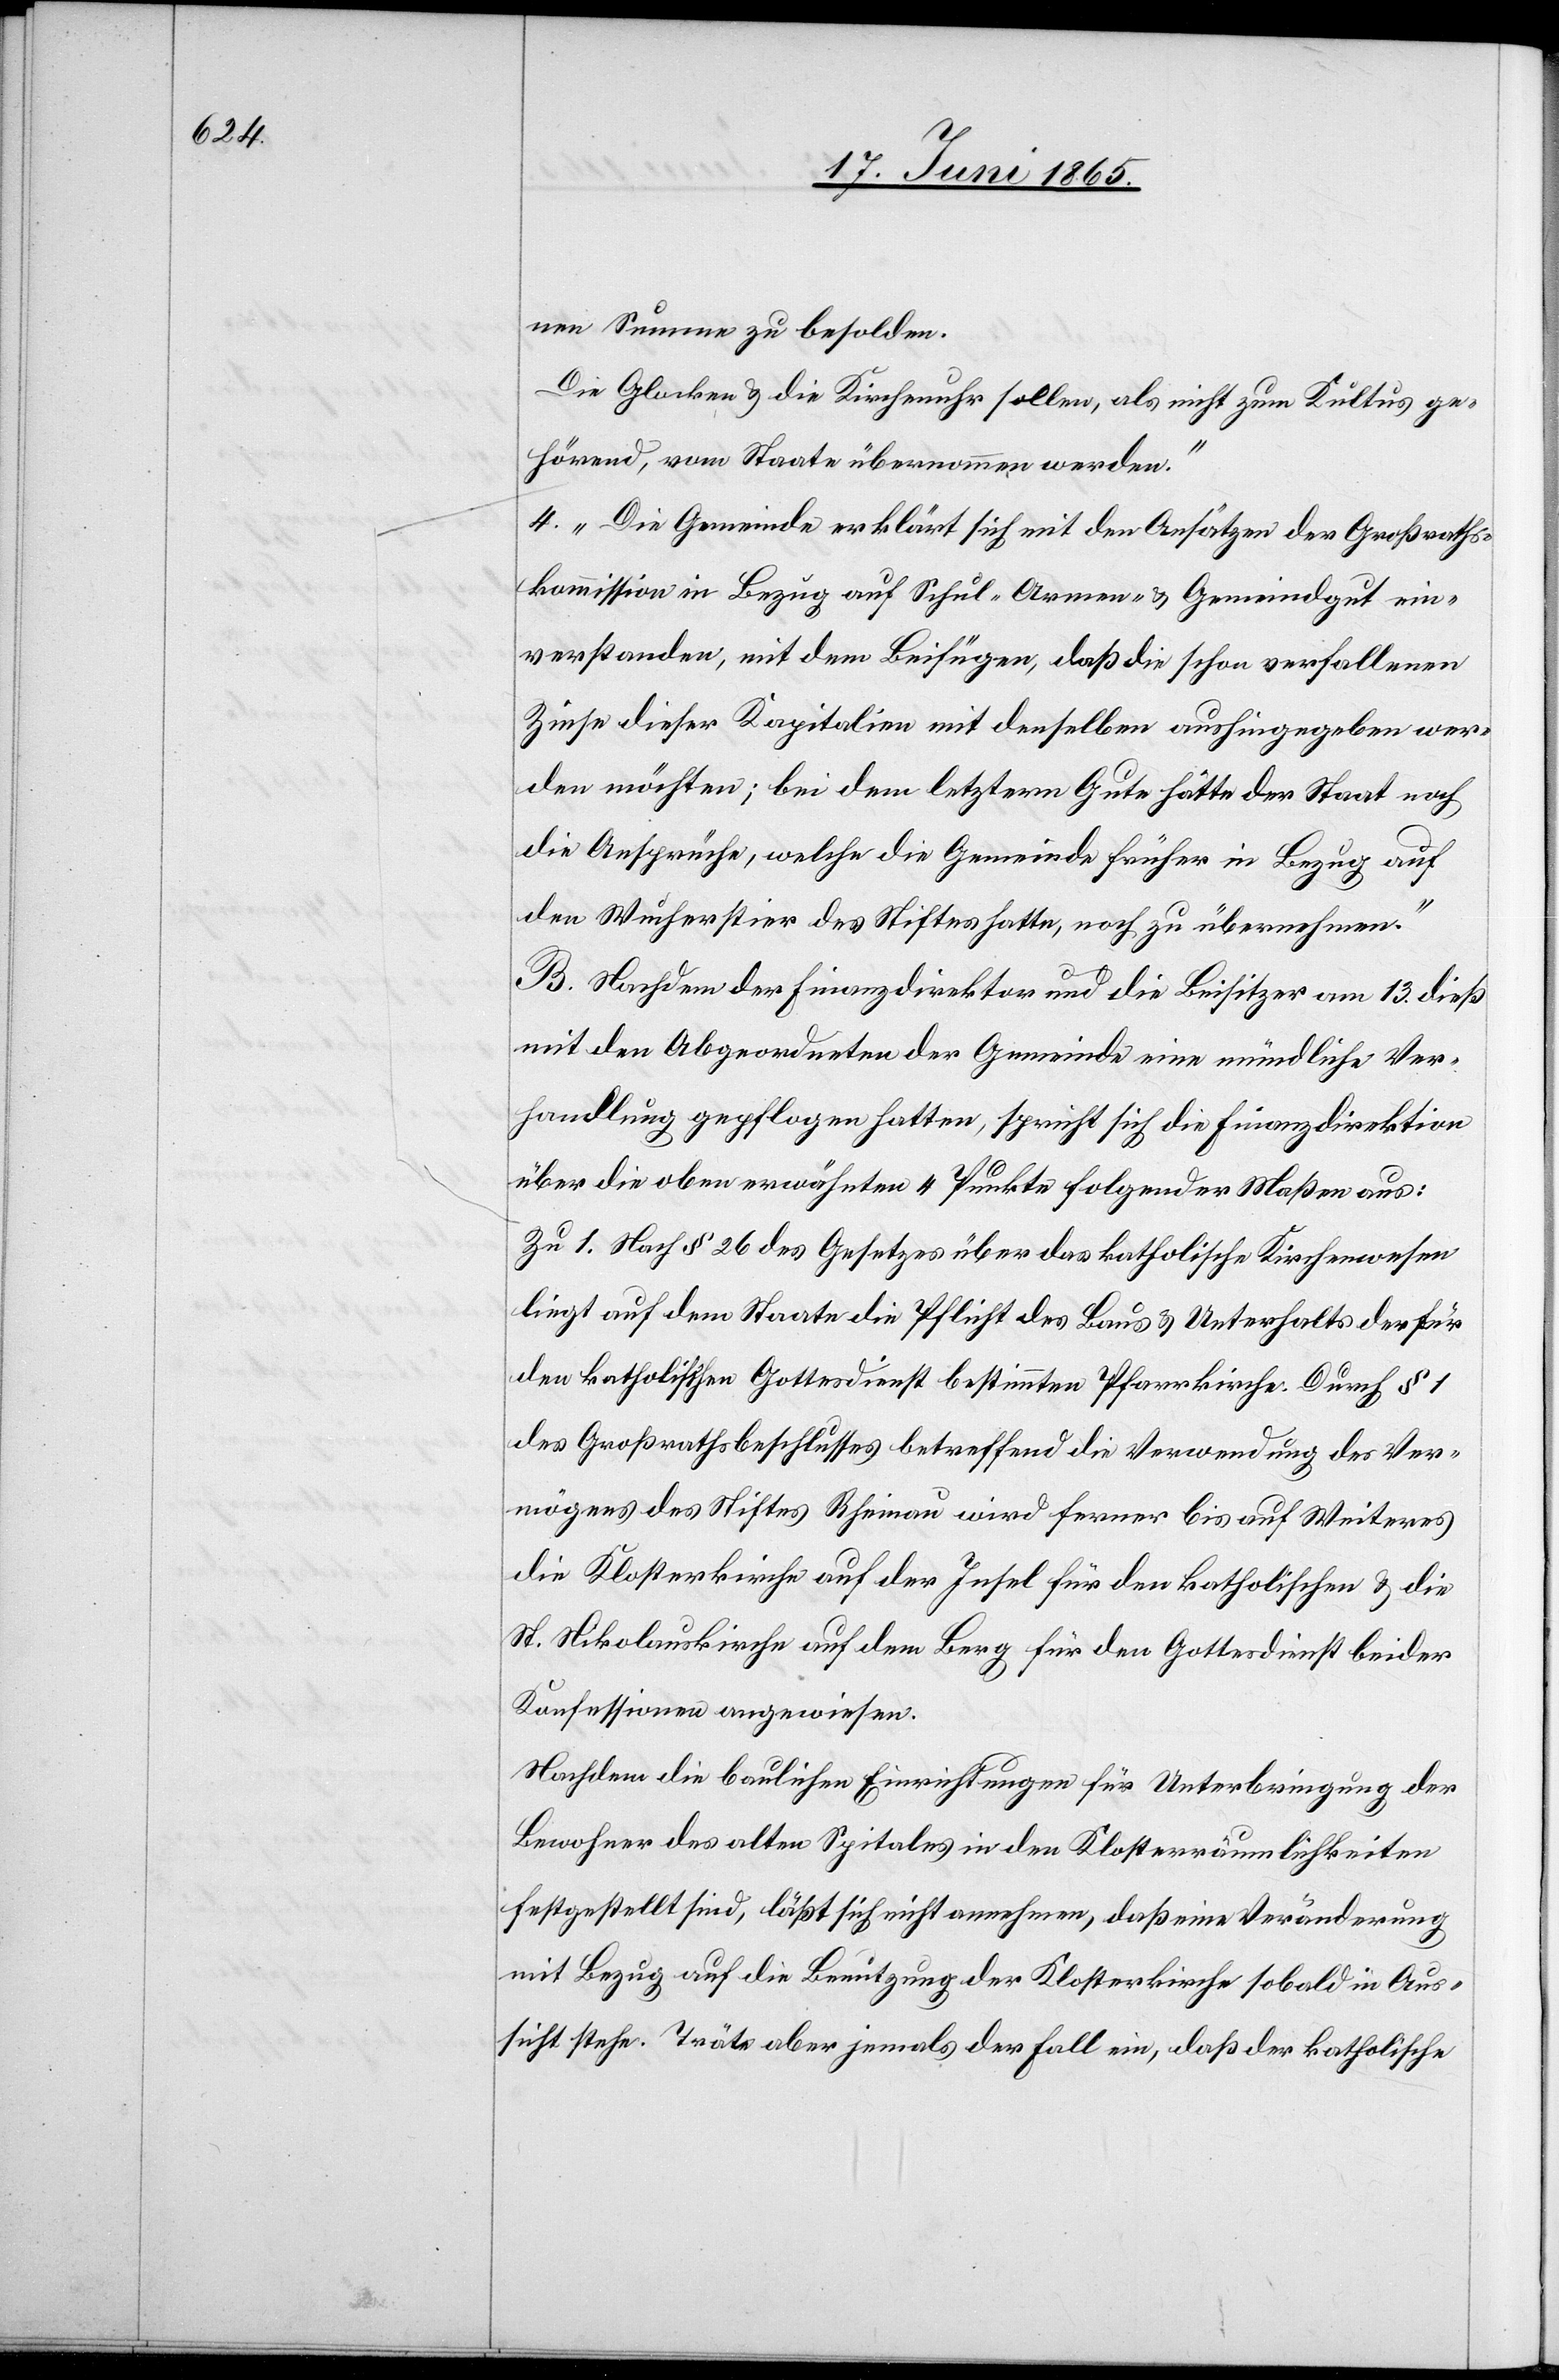
nen Summe zu besolden.
Die Glocke & die Kirchenuhr sollen, als nicht zum Kultus ge¬
hörend, vom Staate übernommen werden.“
4. „Die Gemeinde erklärt sich mit den Ansätzen der Großraths¬
kommission in Bezug auf Schul-[,] Armen- & Gemeindgut ein¬
verstanden, mit dem Beifügen, daß die schon verfallenen
Zinse dieser Kapitalien mit denselben aushingegeben wer¬
den möchten; bei dem letztern Gute hätte der Staat noch
die Ansprüche, welche die Gemeinde früher in Bezug auf
den Wucherstier des Stiftes hatte, noch zu übernehmen.“
B. Nachdem der Finanzdirektor und die Beisitzer am 13. dieß
mit den Abgeordneten der Gemeinde eine mündliche Ver¬
handlung gepflogen hatten, spricht sich die Finanzdirektion
über die oben erwähnten 4 Punkte folgender Maßen aus:
Zu 1. Nach § 26 des Gesetzes über das katholische Kirchenwesen
liegt auf dem Staate die Pflicht des Baus & Unterhalts der für
den katholischen Gottesdienst bestimmten Pfarrkirche. Durch §
des Großrathsbeschlusses betreffend die Verwendung des Ver¬
mögens des Stiftes Rheinau wird ferner bis auf Weiteres
die Klosterkirche auf der Insel für den katholischen & die
St. Nikolauskirche auf dem Berg für den Gottesdienst beider
Konfessionen angewiesen.
Nachdem die baulichen Einrichtungen für Unterbringung der
Bewohner des alten Spitales in den Klosterräumlichkeiten
festgestellt sind, läßt sich nicht annehmen, daß eine Veränderung
mit Bezug auf die Benutzung der Klosterkirche sobald in Aus¬
sicht stehe. Träte aber jemals der Fall ein, daß der katholische